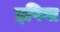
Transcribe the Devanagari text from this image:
इपिया